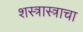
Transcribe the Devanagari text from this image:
शस्त्रास्त्राचा